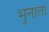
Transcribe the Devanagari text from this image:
भुनाता